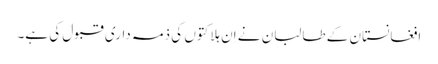
افغانستان کے طالبان نے اِن ہلاکتوں کی ذمہ داری قبول کی ہے۔